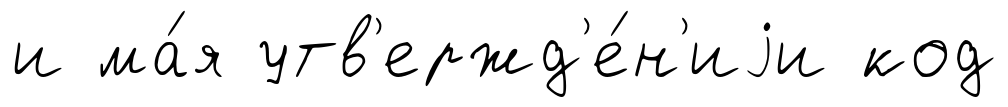
и ма́я утв'ержд'е́н'иjи код